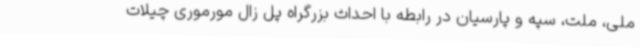
ملی، ملت، سپه و پارسیان در رابطه با احداث بزرگراه پل زال مورموری چیلات